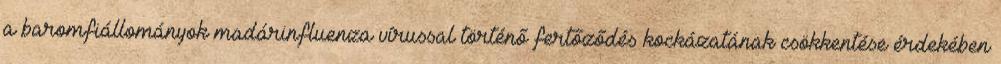
a baromfiállományok madárinfluenza vírussal történő fertőződés kockázatának csökkentése érdekében